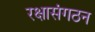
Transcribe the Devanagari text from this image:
रक्षासंगठन